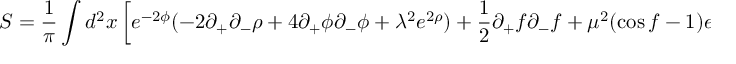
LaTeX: S = \frac { 1 } { \pi } \int d ^ { 2 } x \left[ e ^ { - 2 \phi } ( - 2 \partial _ { + } \partial _ { - } \rho + 4 \partial _ { + } \phi \partial _ { - } \phi + \lambda ^ { 2 } e ^ { 2 \rho } ) + \frac { 1 } { 2 } \partial _ { + } f \partial _ { - } f + \mu ^ { 2 } ( \cos f - 1 ) e ^ { 2 \rho - 2 \phi } \right] ,